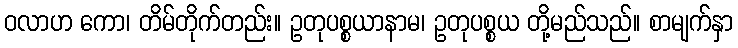
ဝလာဟ ကော၊ တိမ်တိုက်တည်း။ ဥတုပစ္စယာနာမ၊ ဥတုပစ္စယ တို့မည်သည်။ စာမျက်နှာ